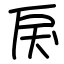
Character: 戾